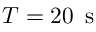
T = 2 0 \, \mathrm { ~ s ~ }